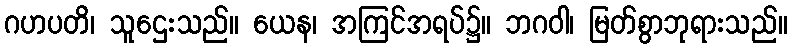
ဂဟပတိ၊ သူဌေးသည်။ ယေန၊ အကြင်အရပ်၌။ ဘဂဝါ၊ မြတ်စွာဘုရားသည်။